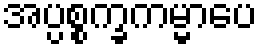
အပ္ပစ္စက္ခကမ္မာပေ